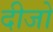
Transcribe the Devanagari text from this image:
दीजो